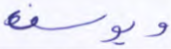
ويوسف